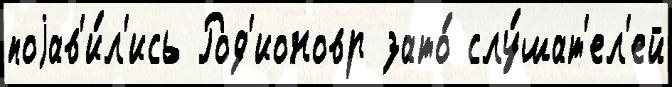
поjав'и́л'ись Род'ионовр зато́ слу́шат'ел'ей